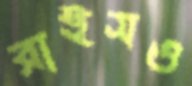
রাইসও